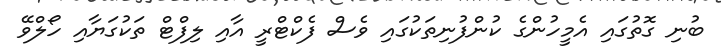
ބުނި ގޮތުގައި އެމީހުންގެ ކުންފުނިތަކުގައި ވެސް ފެކްޓްރީ އާއި ލިފްޓް ތަކުގަޔާއި ހޯލްވޭ